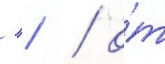
/ / / о́т